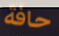
حافة